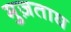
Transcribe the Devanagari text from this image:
मुज़ताघ